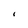
Character: I